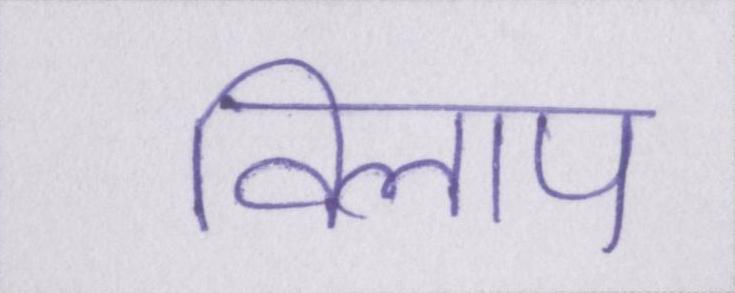
विलाप